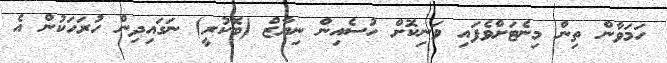
ހަމަވާން ތިން މިނެޓަށްވެފައި ވަނިކޮށް ހުސެއިން ނިޔާޒް (ބޮކުރީ) ނަގައިދިން ހުރަހަކުން އެ